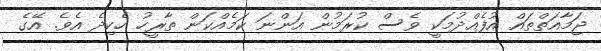
ޖަމާއަތްތައް އުފެއްދުމަކީ ވެސް ކުރަމުން އަންނަ ކަމެއްކަން ތާރީހު ހެކިދެ އެވެ. އޭގެ